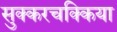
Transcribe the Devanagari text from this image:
सुक्करचक्किया